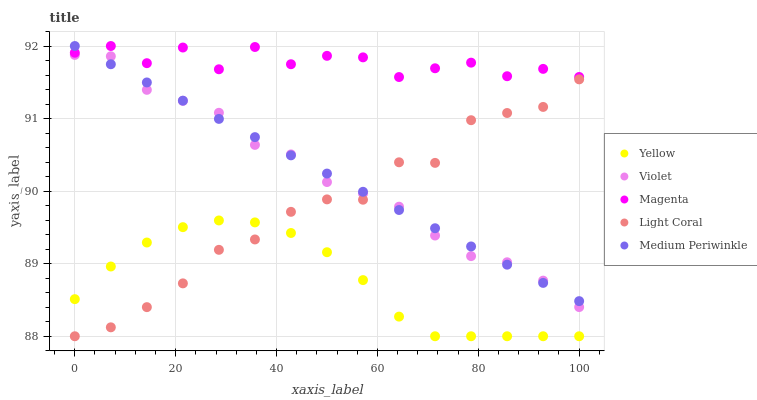
| xaxis_label | Yellow | Violet | Magenta | Light Coral | Medium Periwinkle |
 | --- | --- | --- | --- | --- | --- |
 | 0 | 88.5 | 91.9 | 91.9 | 88 | 92 |
 | 7.14 | 89 | 91.9 | 92 | 88.1 | 91.7 |
 | 14.3 | 89.3 | 91.4 | 91.8 | 88.4 | 91.5 |
 | 21.4 | 89.5 | 91.2 | 92 | 88.7 | 91.2 |
 | 28.6 | 89.6 | 91.1 | 91.7 | 89.2 | 91 |
 | 35.7 | 89.6 | 90.6 | 92 | 89.3 | 90.7 |
 | 42.9 | 89.4 | 90.5 | 91.7 | 89.7 | 90.5 |
 | 50 | 89.2 | 90.1 | 91.9 | 89.9 | 90.2 |
 | 57.1 | 88.8 | 90 | 91.8 | 89.9 | 90 |
 | 64.3 | 88.3 | 89.8 | 91.6 | 90.4 | 89.7 |
 | 71.4 | 88 | 89.4 | 91.7 | 90.4 | 89.5 |
 | 78.6 | 88 | 89.1 | 91.8 | 91 | 89.2 |
 | 85.7 | 88 | 89 | 91.6 | 91.1 | 89 |
 | 92.9 | 88 | 88.8 | 91.7 | 91.2 | 88.7 |
 | 100 | 88 | 88.4 | 91.6 | 91.5 | 88.5 |